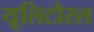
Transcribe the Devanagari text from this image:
यूलिटोरल